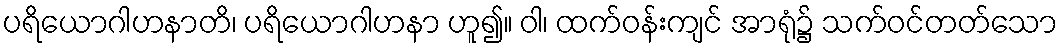
ပရိယောဂါဟနာတိ၊ ပရိယောဂါဟနာ ဟူ၍။ ဝါ၊ ထက်ဝန်းကျင် အာရုံ၌ သက်ဝင်တတ်သော